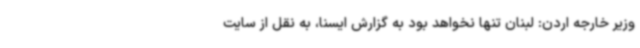
وزیر خارجه اردن: لبنان تنها نخواهد بود به گزارش ایسنا، به نقل از سایت